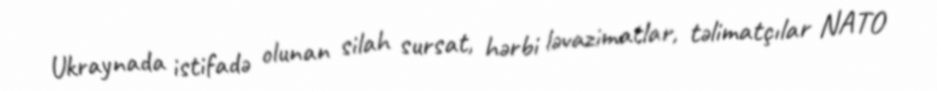
Ukraynada istifadə olunan silah sursat, hərbi ləvazimatlar, təlimatçılar NATO